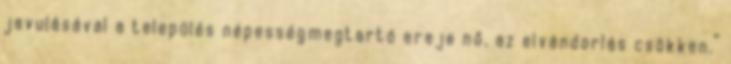
javulásával a település népességmegtartó ereje nő, az elvándorlás csökken.”